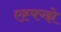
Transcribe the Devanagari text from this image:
एह्फ्ग्झे